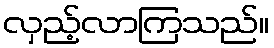
လှည့်လာကြသည်။